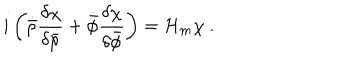
LaTeX: i \left( \dot { \bar { \rho } } \frac { \delta \chi } { \delta \bar { \rho } } + \dot { \bar { \phi } } \frac { \delta \chi } { \delta \bar { \phi } } \right) = { \cal { H } } _ { m } \chi \ .